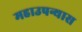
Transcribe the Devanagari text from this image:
महाउपन्यास